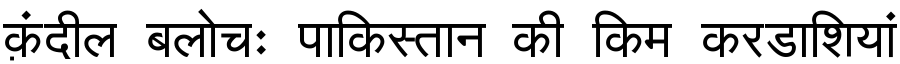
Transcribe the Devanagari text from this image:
क़ंदील बलोचः पाकिस्तान की किम करडाशियां